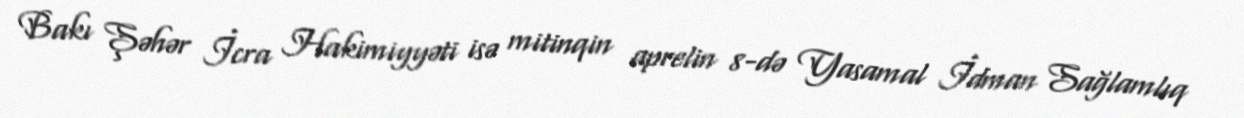
Bakı Şəhər İcra Hakimiyyəti isə mitinqin aprelin 8-də Yasamal İdman Sağlamlıq